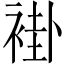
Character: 褂